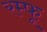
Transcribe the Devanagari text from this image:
रम्फू